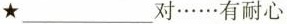
★ ___ 对……有耐心